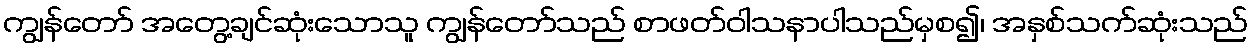
ကျွန်တော် အတွေ့ချင်ဆုံးသောသူ ကျွန်တော်သည် စာဖတ်ဝါသနာပါသည်မှစ၍၊ အနှစ်သက်ဆုံးသည်